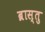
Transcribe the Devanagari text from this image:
ब्रास्तु